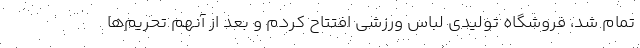
تمام شد، فروشگاه تولیدی لباس ورزشی افتتاح کردم و بعد از آنهم تحریم‌ها